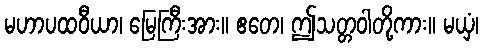
မဟာပထဝီယာ၊ မြေကြီးအား။ ဧတေ၊ ဤသတ္တဝါတို့ကား။ မယှံ၊